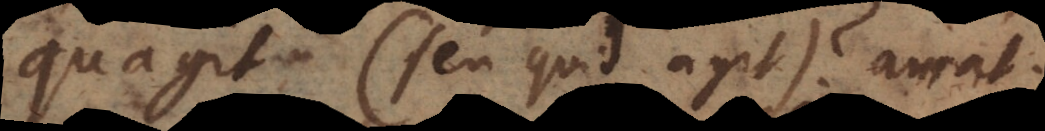
quagit (seu quid agit)? amat.